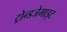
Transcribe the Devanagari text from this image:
ट्रोन्डजेमाइट